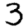
Digit: 3